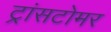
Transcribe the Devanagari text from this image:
ट्रांसटोमर